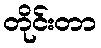
တိုင်းတာ